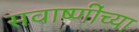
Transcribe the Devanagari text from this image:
सवाष्णींच्या